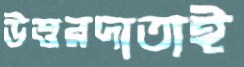
উত্তরদাতাই